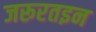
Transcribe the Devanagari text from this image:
जरूरतइन